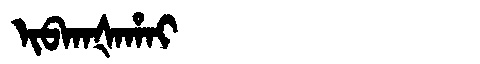
Manchu: ᡳᠪᡴᠠᡧᠠᡥᠠᡳ
Romanization: IBKAŠAHAI